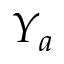
Y _ { a }